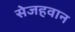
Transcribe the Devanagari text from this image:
सेजहवान